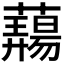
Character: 𬟎